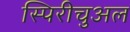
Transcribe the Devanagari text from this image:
स्पिरीचुअल